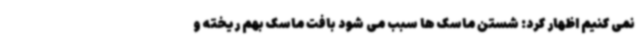
نمی کنیم اظهار کرد: شستن ماسک ها سبب می شود بافت ماسک بهم ریخته و